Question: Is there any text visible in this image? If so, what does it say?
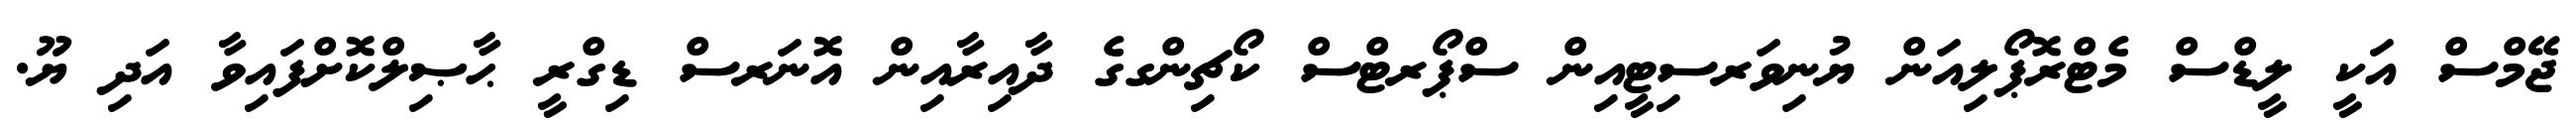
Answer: ޖޭމްސް އަކީ ލީޑްސް މެޓްރޮޕޯލިއަން ޔުނިވަރސިޓީއިން ސްޕޯރޓްސް ކޯޗިންގގެ ދާއިރާއިން އޮނަރސް ޑިގްރީ ޙާޞިލްކޮށްފައިވާ އަދި ޔޫ.